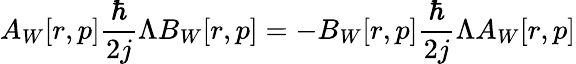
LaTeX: A_{W}[r,p]\frac{\hbar}{2j}\Lambda B_{W}[r,p]=-B_{W}[r,p]\frac{\hbar}{2j}\Lambda A_{W}[r,p]